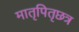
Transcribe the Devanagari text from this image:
मातृपितृछत्र